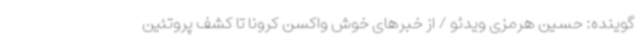
گوینده: حسین هرمزی ویدئو / از خبرهای خوش واکسن کرونا تا کشف پروتئین